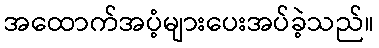
အထောက်အပံ့များပေးအပ်ခဲ့သည်။